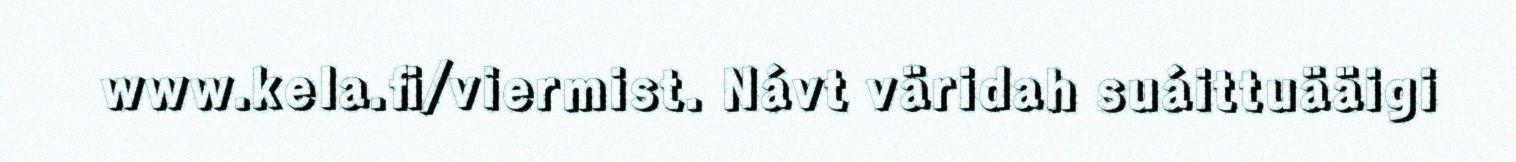
www.kela.fi/viermist. Návt väridah suáittuääigi